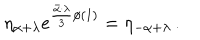
LaTeX: \eta _ { \alpha + \lambda } e ^ { { \frac { \bar { \alpha } \cdot \lambda } { 3 } } \phi ( 1 ) } = \eta _ { - \alpha + \lambda } \, .